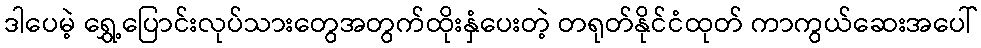
ဒါပေမဲ့ ရွှေ့ပြောင်းလုပ်သားတွေအတွက်ထိုးနှံပေးတဲ့ တရုတ်နိုင်ငံထုတ် ကာကွယ်ဆေးအပေါ်